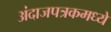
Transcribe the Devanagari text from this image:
अंदाजपत्रकमध्ये